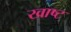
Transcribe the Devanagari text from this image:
खाष्ट